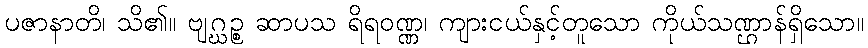
ပဇာနာတိ၊ သိ၏။ ဗျဂ္ဃဉ္စ ဆာပသ ရိရဝဏ္ဏ၊ ကျားငယ်နှင့်တူသော ကိုယ်သဏ္ဌာန်ရှိသော။